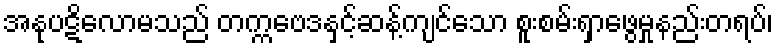
အနုပဋိလောမသည် တက္ကဗေဒနှင့်ဆန့်ကျင်သော စူးစမ်းရှာဖွေမှုနည်းတရပ်၊